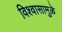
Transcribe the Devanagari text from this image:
विश्वासामुळे